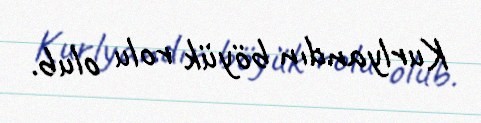
Kurlyandın böyük rolu olub.